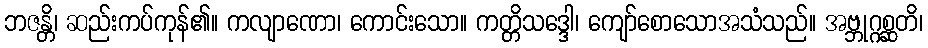
ဘဇန္တိ၊ ဆည်းကပ်ကုန်၏။ ကလျာဏော၊ ကောင်းသော။ ကတ္တိသဒ္ဒေါ၊ ကျော်စောသောအသံသည်။ အဗ္ဘုဂ္ဂစ္ဆတိ၊